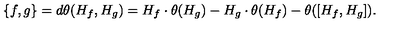
\{ f , g \} = d \theta ( H _ { f } , H _ { g } ) = H _ { f } \cdot \theta ( H _ { g } ) - H _ { g } \cdot \theta ( H _ { f } ) - \theta ( [ H _ { f } , H _ { g } ] ) .